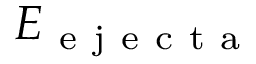
E _ { \mathrm { ~ e ~ j ~ e ~ c ~ t ~ a ~ } }